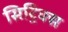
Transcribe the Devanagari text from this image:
सिट्रिक्स